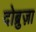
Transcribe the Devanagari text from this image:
दोब्रुज़ा